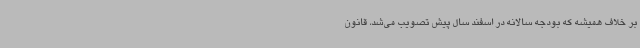
بر خلاف همیشه که بودجه سالانه در اسفند سال پیش تصویب می‌شد، قانون